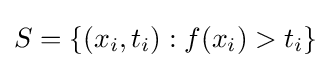
S=\{(x_{i},t_{i}):f(x_{i})>t_{i}\}